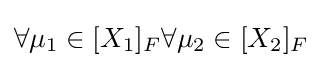
{\textstyle \forall \mu _{1}\in [X_{1}]_{F}\forall \mu _{2}\in [X_{2}]_{F}}